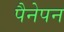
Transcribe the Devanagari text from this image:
पैनेपन